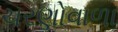
ચરણોવાળા